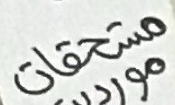
مستحقات